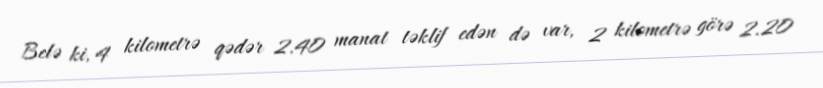
Belə ki, 4 kilometrə qədər 2.40 manat təklif edən də var, 2 kilometrə görə 2.20